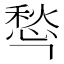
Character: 𰒁